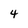
Character: 4